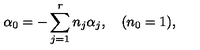
\alpha _ { 0 } = - \sum _ { j = 1 } ^ { r } n _ { j } \alpha _ { j } , \quad ( n _ { 0 } = 1 ) ,